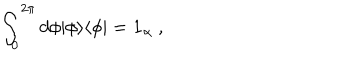
\int _ { 0 } ^ { 2 \pi } d \phi \vert \phi \rangle \langle \phi \vert = { \bf 1 } _ { \alpha } \ ,